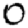
Digit: 0